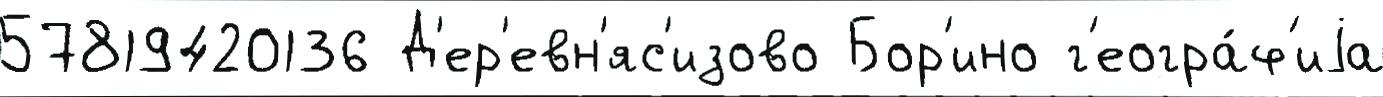
57819420136 Д'ер'евн'яс'изово Бор'ино г'еогра́ф'иjа